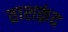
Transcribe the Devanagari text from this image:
ताशक़ंद